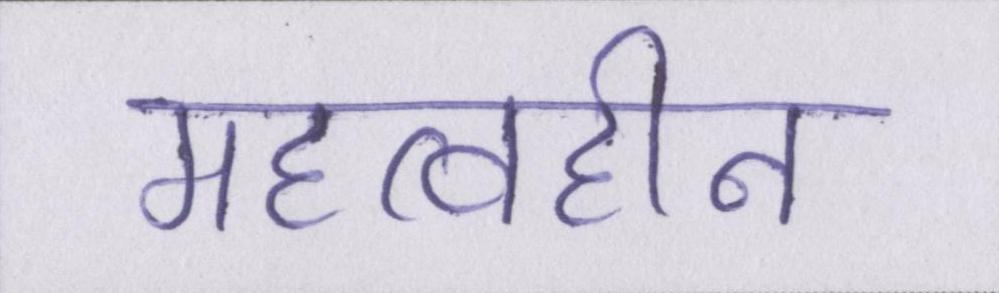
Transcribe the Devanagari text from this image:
महत्वहीन